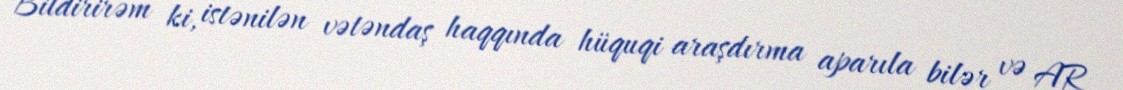
Bildirirəm ki, istənilən vətəndaş haqqında hüquqi araşdırma aparıla bilər və AR